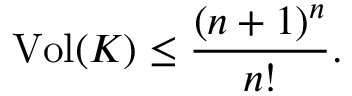
\operatorname { V o l } ( K ) \leq { \frac { ( n + 1 ) ^ { n } } { n ! } } .